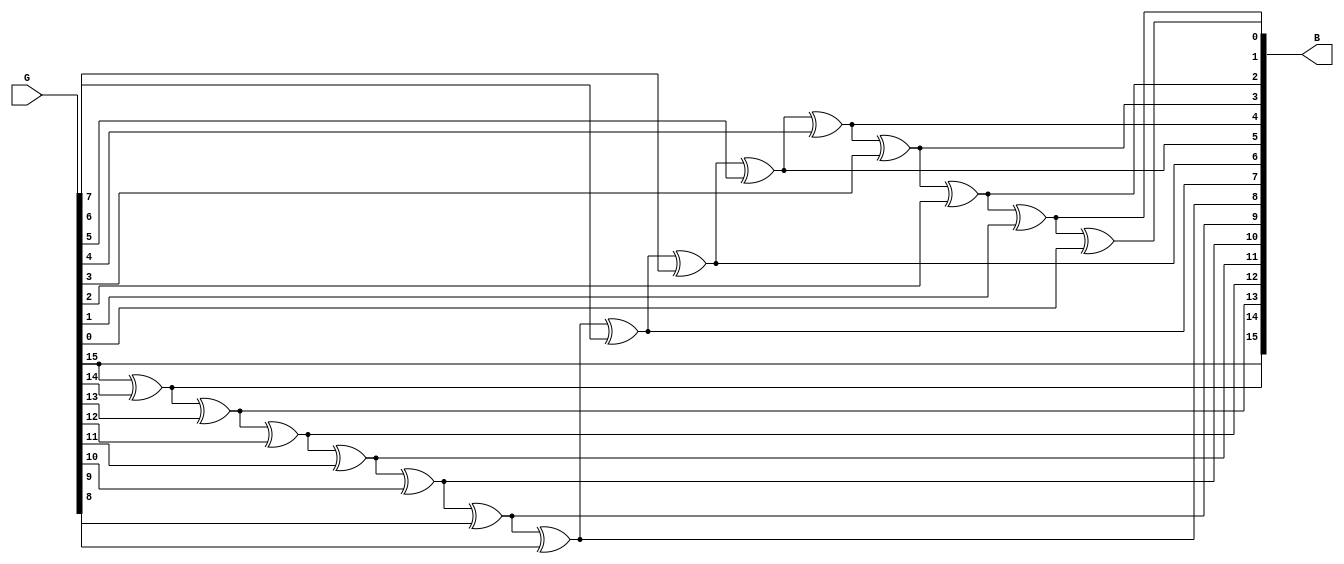
module grtobin(G,B);
parameter n=16;
input [n-1:0]G;
output reg [n-1:0]B;
integer i;
always @(G) begin
B[n-1]=G[n-1];
for(i=n-2; i>=0;i=i-1) begin
B[i]=B[i+1]^G[i];
end
end
endmodule